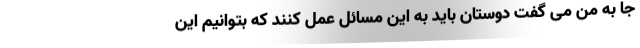
جا به من می گفت دوستان باید به این مسائل عمل کنند که بتوانیم این